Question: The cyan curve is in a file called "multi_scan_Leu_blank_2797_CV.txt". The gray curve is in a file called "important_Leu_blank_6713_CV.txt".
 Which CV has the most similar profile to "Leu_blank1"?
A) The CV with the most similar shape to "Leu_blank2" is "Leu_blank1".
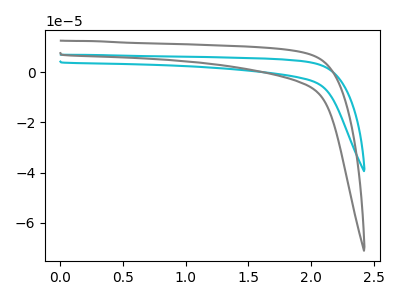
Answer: <think>The cyan curve "Leu_blank1" has no peaks. The gray curve "Leu_blank2" has no peaks.
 Neither "Leu_blank1" or "Leu_blank2" have any peaks.</think>
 <answer>A) The CV with the most similar shape to "Leu_blank2" is "Leu_blank1".</answer>
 <eval>A</eval>